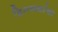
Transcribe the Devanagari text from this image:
हिमनद्यांचा